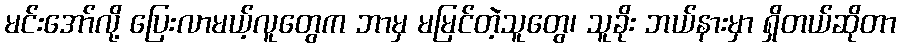
မင်းအော်လို့ ပြေးလာမယ့်လူတွေက ဘာမှ မမြင်တဲ့သူတွေ၊ သူခိုး ဘယ်နားမှာ ရှိတယ်ဆိုတာ